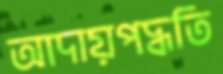
আদায়পদ্ধতি